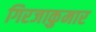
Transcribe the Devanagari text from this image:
गिरजाकुमार